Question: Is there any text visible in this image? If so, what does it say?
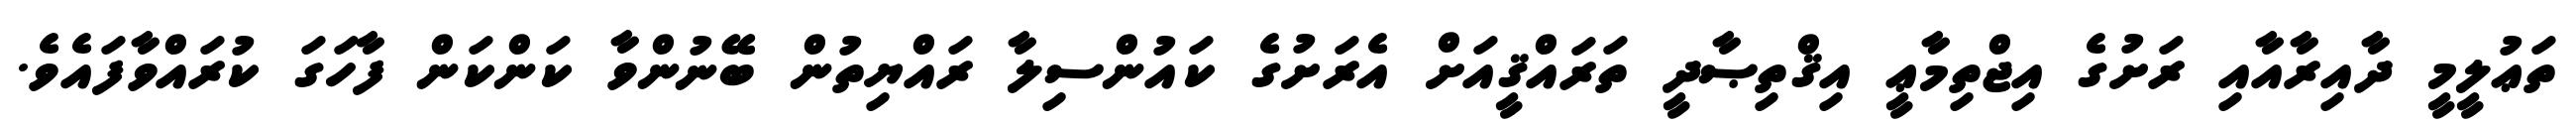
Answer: ތަޢުލީމީ ދާއިރާއާއި ރަށުގެ އިޖްތިމާޢީ އިޤްތިޞާދީ ތަރައްޤީއަށް އެރަށުގެ ކައުންސިލާ ރައްޔިތުން ބޭނުންވާ ކަންކަން ފާހަގަ ކުރައްވާފައެވެ.